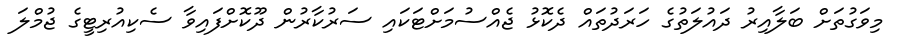
މިވަގުތަށް ބަލާއިރު ދައުލަތުގެ ހަރަދުތައް ދެކޮޅު ޖެއްސުމަށްޓަކައި ސަރުކާރުން ދޫކޮށްފައިވާ ސެކިއުރިޓީގެ ޖުމްލަ